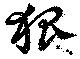
狐